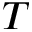
T